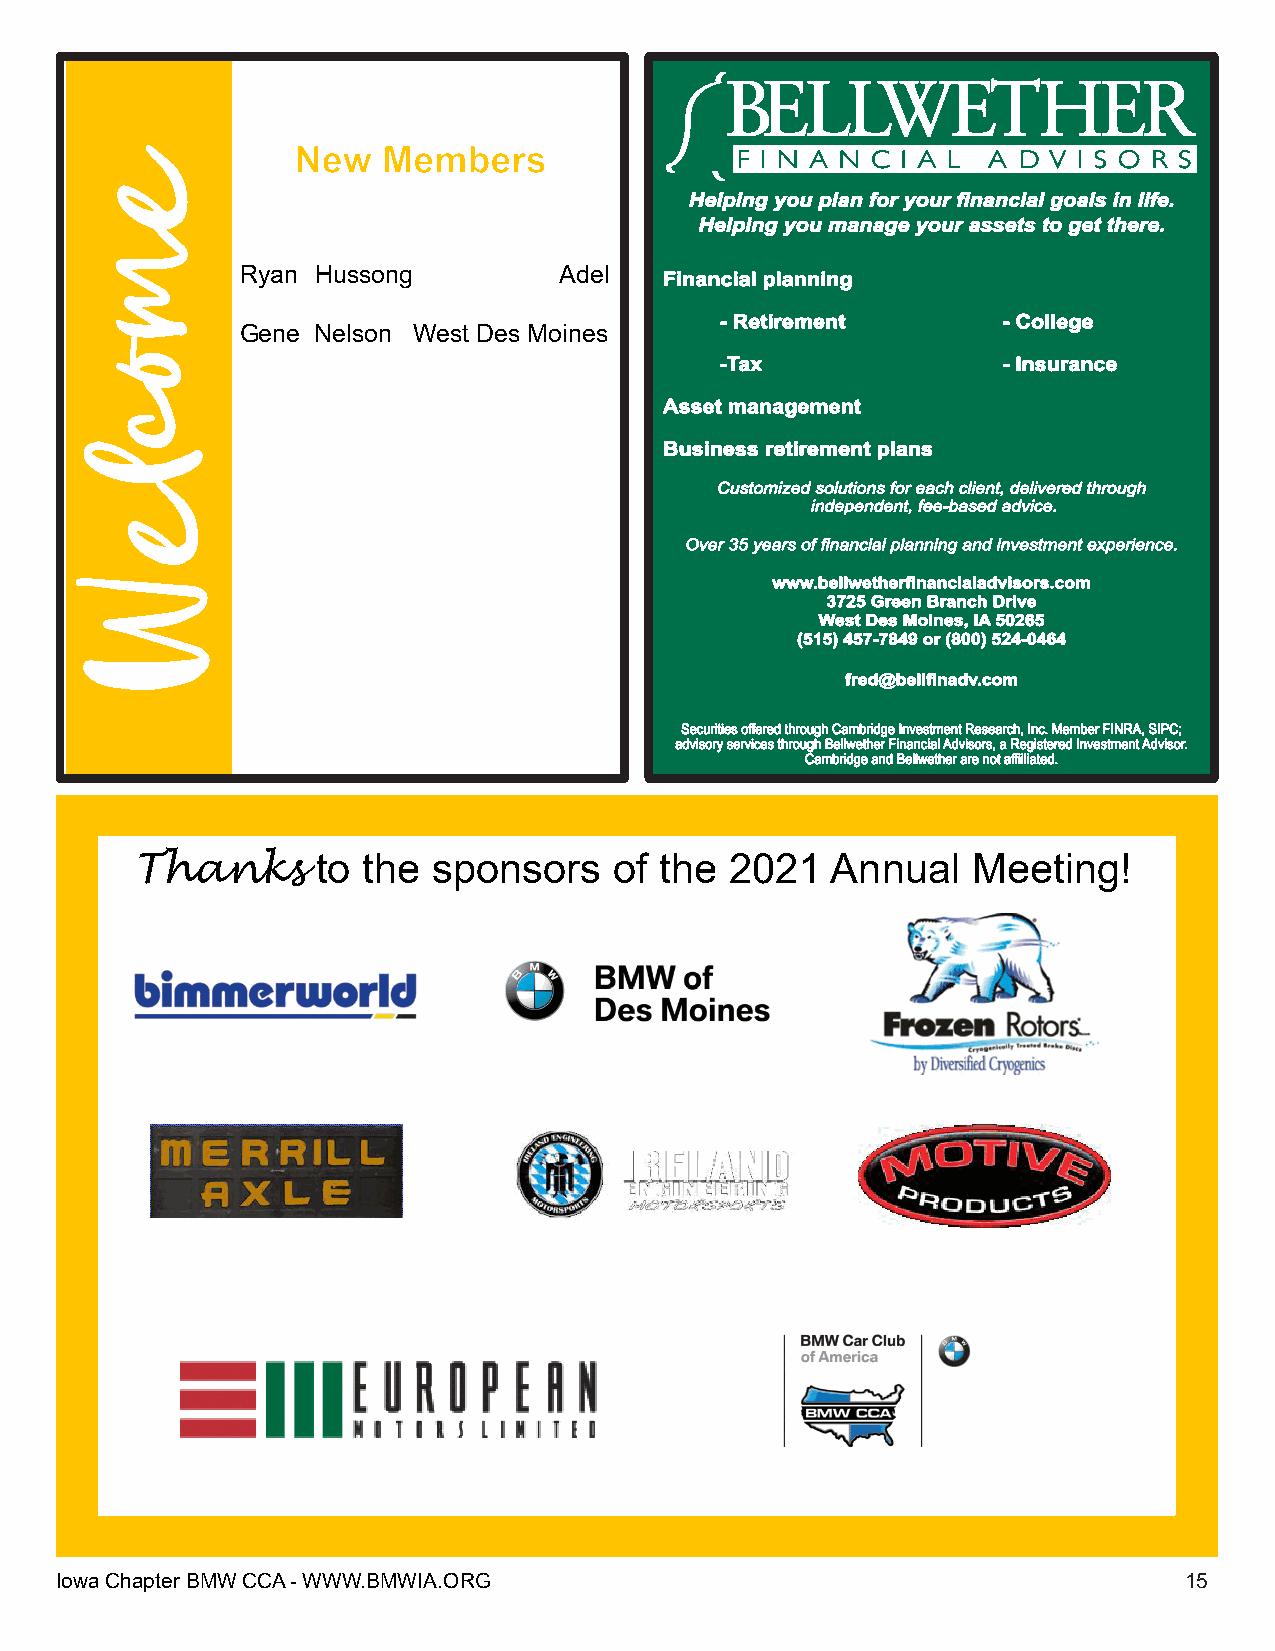
New  Members
 Ryan Hussong         Adel
 Gene Nelson West Des Moines
 Thanks      to the  sponsors    of the 2021   Annual   Meeting!
 IowaChapterBMWCCA-WWW.BMWIA.ORG                                           15